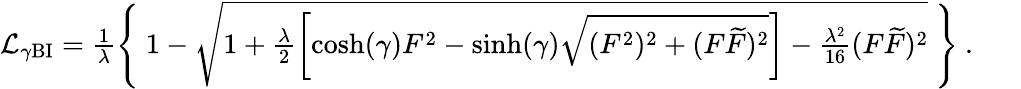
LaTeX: \begin{array}{r}{\mathcal{L}_{\gamma\mathrm{BI}}=\frac{1}{\lambda}\Bigg\{ ~1-\sqrt{1+\frac{\lambda}{2}\left[\cosh(\gamma)F^{2}-\sinh(\gamma)\sqrt{(F^{2})^{2}+(F\widetilde F)^{2}}\right]-\frac{\lambda^{2}}{16}(F\widetilde F)^{2}}~\Bigg\} ~.~~~~~~}\end{array}